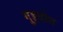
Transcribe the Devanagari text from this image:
गुइदोत